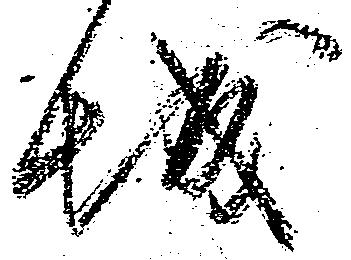
城